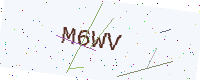
Text: M6WV